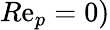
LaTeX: R\mathrm{e}_{p}=0)